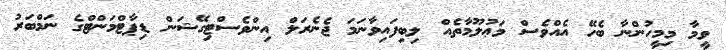
ވީމާ މިމީހުންނާ ބެހޭ އެއްވެސް މަޢުލޫމާތެއް ލިބިފައިވާނަމަ ޖެނެރަލް އިންވެސްޓިގޭޝަން ޑިޕާޓްމަންޓްގެ ނަމްބަރު